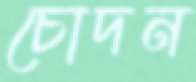
চোদন